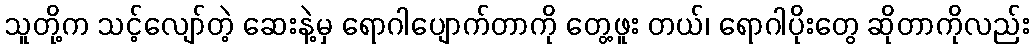
သူတို့က သင့်လျော်တဲ့ ဆေးနဲ့မှ ရောဂါပျောက်တာကို တွေ့ဖူး တယ်၊ ရောဂါပိုးတွေ ဆိုတာကိုလည်း